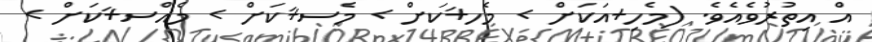
އް އިތުރުވެއެވެ. (މެހި+އަކަށް > މެހ+ަކަށް > މެސ+ަކަށް > މެއްސ+ަކަށް >